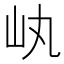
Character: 𡴿